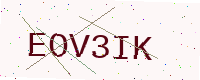
Text: EOV3IK